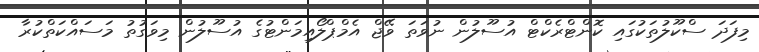
މިފަދަ ސްކޫލުތަކުގައި ކޮންޓްރެކްޓް އުސޫލުން ނުވަތަ ވޭޖް އެމްޕްލޯއިމަންޓުގެ އުސޫލުން މިވަގުތު މަސައްކަތްކުރާ